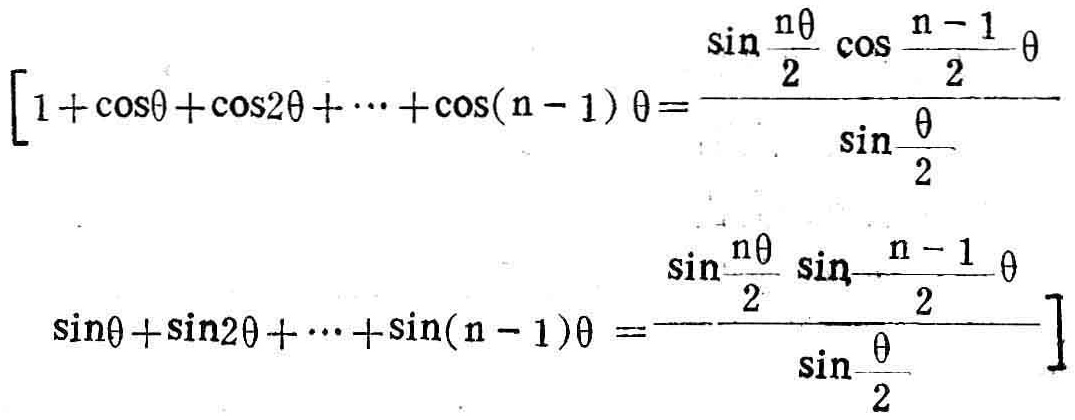
\[

\begin{align*}

&[1 + \cos\theta+\cos2\theta+\cdots+\cos(n - 1)\theta=\frac{\sin\frac{n\theta}{2}\cos\frac{n - 1}{2}\theta}{\sin\frac{\theta}{2}}]\\

&[\sin\theta+\sin2\theta+\cdots+\sin(n - 1)\theta=\frac{\sin\frac{n\theta}{2}\sin\frac{n - 1}{2}\theta}{\sin\frac{\theta}{2}}]

\end{align*}

\]